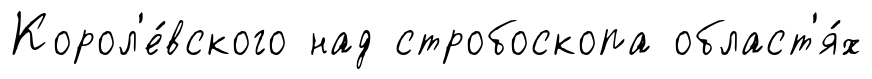
Корол'е́вского над стробоскопа област'я́х